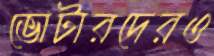
ভোটারদেরও